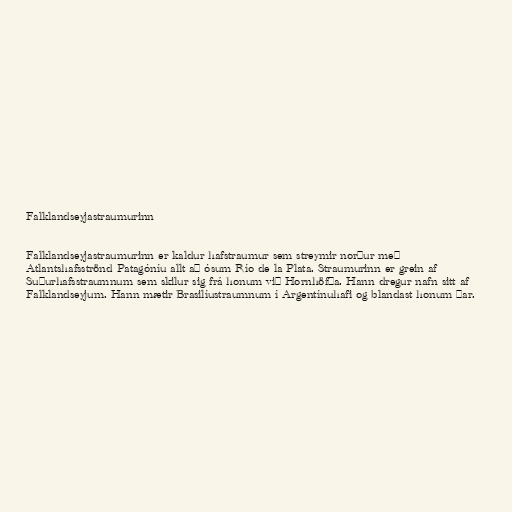
Falklandseyjastraumurinn

Falklandseyjastraumurinn er kaldur hafstraumur sem streymir norður með
Atlantshafsströnd Patagóníu allt að ósum Río de la Plata. Straumurinn er grein af
Suðurhafsstraumnum sem skilur sig frá honum við Hornhöfða. Hann dregur nafn sitt af
Falklandseyjum. Hann mætir Brasilíustraumnum í Argentínuhafi og blandast honum þar.